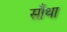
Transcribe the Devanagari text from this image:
साँथा